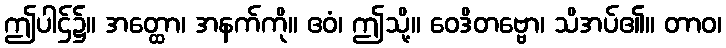
ဤပါဌ်၌။ အတ္ထော၊ အနက်ကို။ ဧဝံ၊ ဤသို့။ ဝေဒိတဗ္ဗော၊ သိအပ်၏။ တာဝ၊